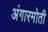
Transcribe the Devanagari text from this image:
अंगारमोती